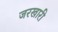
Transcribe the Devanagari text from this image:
जरखारी